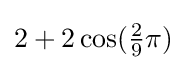
2+2\cos({\tfrac {2}{9}}\pi )